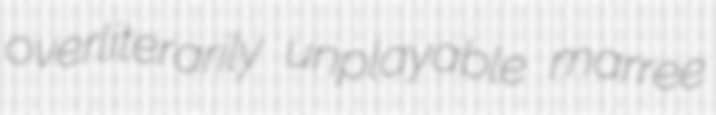
overliterarily unplayable marree